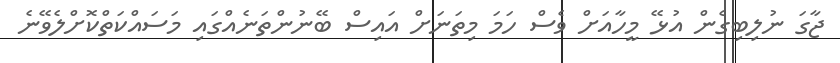
ޖާގަ ނުލިބިގެން އުޅޭ މީހާއަށް ވެސް ހަމަ މިތަނަށް އައިސް ބޭނުންތަނެއްގައި މަސައްކަތްކޮށްލެވޭނެ